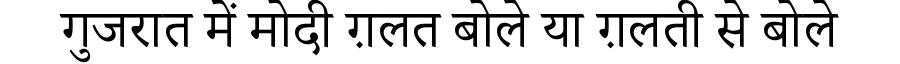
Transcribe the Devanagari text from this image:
गुजरात में मोदी ग़लत बोले या ग़लती से बोले